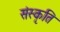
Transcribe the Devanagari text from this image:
संस्‍कृति